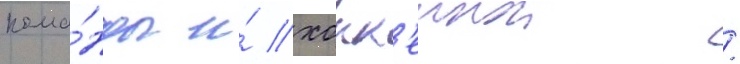
кома́нды и́ хокк'еинои /